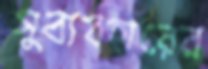
সুব্যবহারের